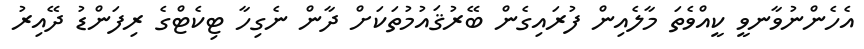
އެހެންނުވާނވީ ކީއްވެތަ މާލެއިން ފުރައިގެން ބޭރުޤައުމުތަކަށް ދާން ނެގިހާ ޓިކެޓްގެ ރިފަންޑު ދޭއިރު